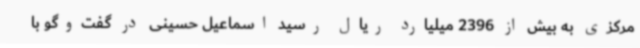
مرکزی به بیش از 2396 میلیارد ریال رسید اسماعیل حسینی در گفت‌وگو با